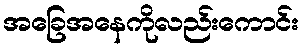
အခြေအနေကိုလည်းကောင်း